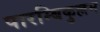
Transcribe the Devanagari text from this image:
पारम्बिकुल्लम